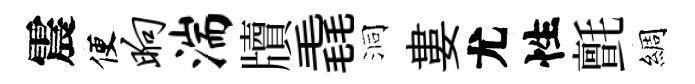
震便晌湍牘毳洞婁尤性氈綢